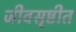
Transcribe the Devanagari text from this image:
जीवसृष्टीत